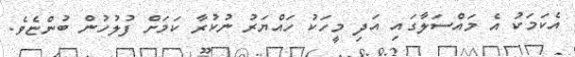
އެކަމަކު އެ މައްސަލާގައި އަދި މީހަކު ހައްޔަރު ނުކުރާ ކަމަށް ފުލުހުން ބުންޏެވެ.